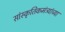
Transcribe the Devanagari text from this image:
सांस्कृतिकमंत्र्यांच्या